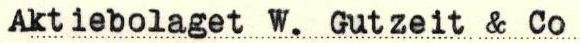
Aktiebolaget W. Gutzeit & Co